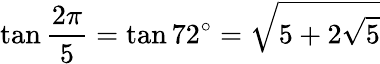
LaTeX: \tan{\frac{2\pi}{5}}=\tan 72^{\circ}={\sqrt{5+2{\sqrt{5}}}}